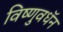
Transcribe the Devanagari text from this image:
विष्णुवधॅन